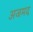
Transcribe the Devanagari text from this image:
अजमद